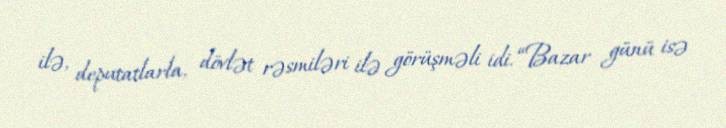
ilə, deputatlarla, dövlət rəsmiləri ilə görüşməli idi. “Bazar günü isə